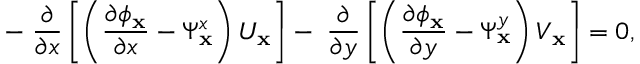
- \; \frac { \partial } { \partial x } \left[ \left( \frac { \partial \phi _ { \mathbf { x } } } { \partial x } - \Psi _ { \mathbf { x } } ^ { x } \right) U _ { \mathbf { x } } \right] - \; \frac { \partial } { \partial y } \left[ \left( \frac { \partial \phi _ { \mathbf { x } } } { \partial y } - \Psi _ { \mathbf { x } } ^ { y } \right) V _ { \mathbf { x } } \right] = 0 ,